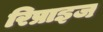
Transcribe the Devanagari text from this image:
रिप्राइज